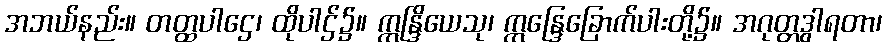
အဘယ်နည်း။ တတ္ထပါဌေ၊ ထိုပါဌ်၌။ ဣန္ဒြိယေသု၊ ဣန္ဒြေခြောက်ပါးတို့၌။ အဂုတ္တဒွါရတာ၊